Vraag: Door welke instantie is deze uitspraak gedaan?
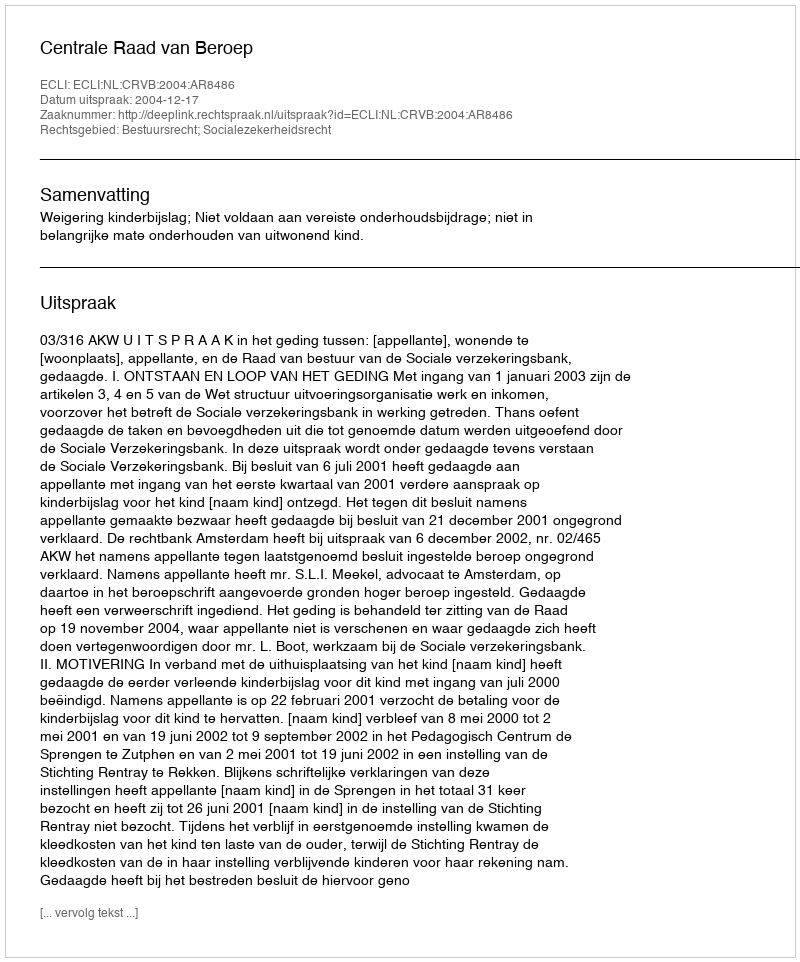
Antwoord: Centrale Raad van Beroep